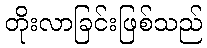
တိုးလာခြင်းဖြစ်သည်